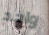
واحد